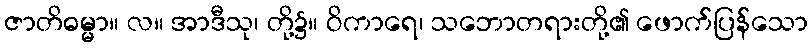
ဇာတိဓမ္မာ။ လ။ အာဒီသု၊ တို့၌။ ဝိကာရေ၊ သဘောတရားတို့၏ ဖောက်ပြန်သော